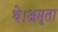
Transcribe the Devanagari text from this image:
थे।अमृता